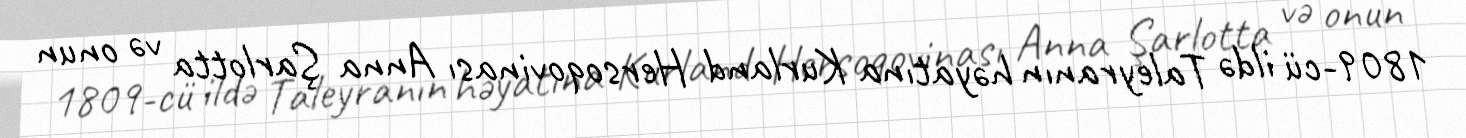
1809-cü ildə Taleyranın həyatına Kurland Hersoqovinası Anna Şarlotta və onun